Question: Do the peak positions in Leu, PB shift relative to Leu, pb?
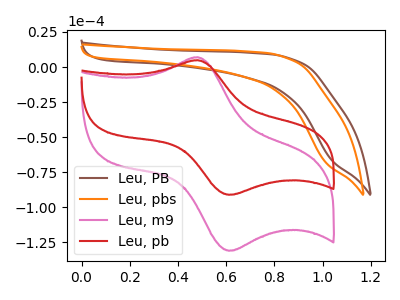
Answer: <think>The brown curve "Leu, PB" has no peaks. The orange curve "Leu, pbs" has no peaks. The pink curve "Leu, m9" has an anodic peak at (0.50V, 7.00uA) and a cathodic peak at (0.60V, -131.00uA). The red curve "Leu, pb" has an anodic peak at (0.50V, 4.85uA) and a cathodic peak at (0.60V, -91.10uA).
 "Leu, PB" and "Leu, pb" have a different number of peaks.</think>
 <answer>Yes, "Leu, PB" and "Leu, pb" are different in shape.</answer>
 <eval>yes_change</eval>